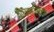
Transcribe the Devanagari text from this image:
दीघकालिक